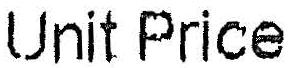
UNIT PRICE